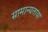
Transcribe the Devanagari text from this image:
सामान्यताया